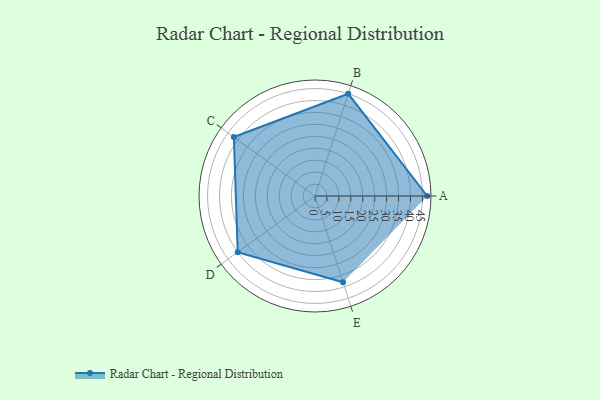
{"axis": {"x": "Skill", "y": "Score"}, "legend": ["Profile"], "data": [{"x": "A", "y": 47.0, "type": "Profile"}, {"x": "B", "y": 45.0, "type": "Profile"}, {"x": "C", "y": 42.0, "type": "Profile"}, {"x": "D", "y": 40.0, "type": "Profile"}, {"x": "E", "y": 38.0, "type": "Profile"}]}